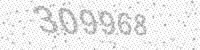
Solution: 309968